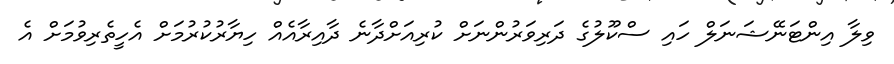
ވިލާ އިންޓަނޭޝަނަލް ހައި ސްކޫލުގެ ދަރިވަރުންނަށް ކުރިއަށްދާނެ ދާއިރާއެއް ހިޔާރުކުރުމަށް އެހީތެރިވުމަށް އެ